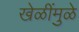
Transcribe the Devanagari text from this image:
खेळींमुळे